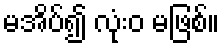
မအိပ်၍ လုံးဝ မဖြစ်။